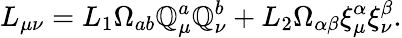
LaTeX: L_{\mu\nu}=L_{1}\Omega_{ab}\mathbb{Q}_{\mu}^{a}\mathbb{Q}_{\nu}^{b}+L_{2}\Omega_{\alpha\beta}\xi_{\mu}^{\alpha}\xi_{\nu}^{\beta}.